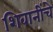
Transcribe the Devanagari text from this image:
शिवानींचे